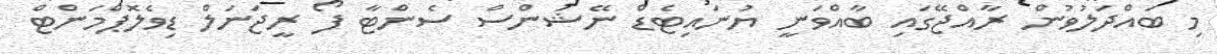
މި ބައްދަލުވުން ރާއްޖޭގައި ބާއްވަނީ ޔުނައިޓެޑް ނޭޝަންސް ސެންޓާ ފޯ ރީޖަނަލް ޑިވެލޮޕްމަންޓް